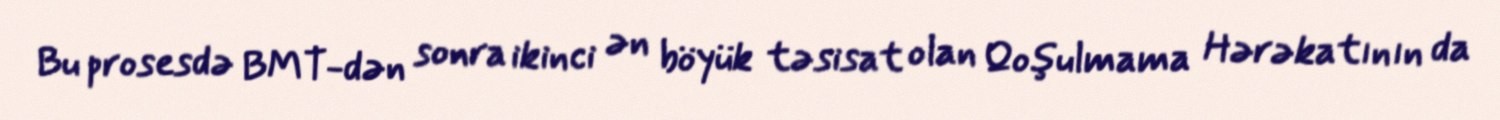
Bu prosesdə BMT-dən sonra ikinci ən böyük təsisat olan Qoşulmama Hərəkatının da